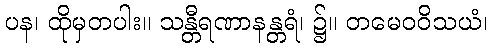
ပန၊ ထိုမှတပါး။ သန္တီရဏာနန္တရံ၊ ၌။ တမေဝဝိသယံ၊